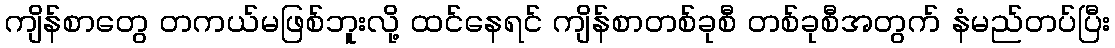
ကျိန်စာတွေ တကယ်မဖြစ်ဘူးလို့ ထင်နေရင် ကျိန်စာတစ်ခုစီ တစ်ခုစီအတွက် နံမည်တပ်ပြီး